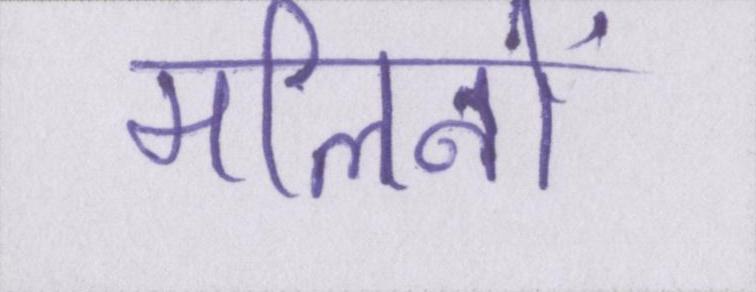
मलिनों